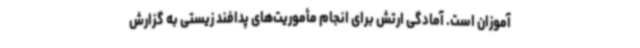
آموزان است. آمادگی ارتش برای انجام مأموریت‌های پدافند زیستی به گزارش